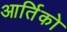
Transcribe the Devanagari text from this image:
आर्तिको